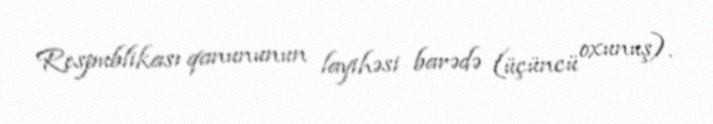
Respublikası qanununun layihəsi barədə (üçüncü oxunuş).